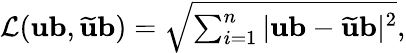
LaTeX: \begin{array}{r}{\mathcal{L}(\mathbf{ub},\widetilde{\mathbf{u}}\mathbf{b})=\sqrt{\textstyle\sum_{i=1}^{n}|\mathbf{ub}-\widetilde{\mathbf{u}}\mathbf{b}|^{2}},}\end{array}